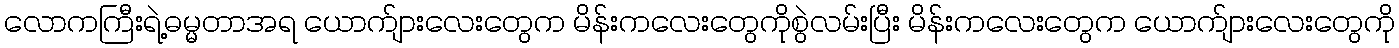
လောကကြီးရဲ့ဓမ္မတာအရ ယောက်ျားလေးတွေက မိန်းကလေးတွေကိုစွဲလမ်းပြီး မိန်းကလေးတွေက ယောက်ျားလေးတွေကို